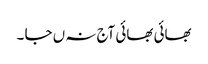
بھائی بھائی آج نہ ں جا ۔